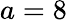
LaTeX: a=8